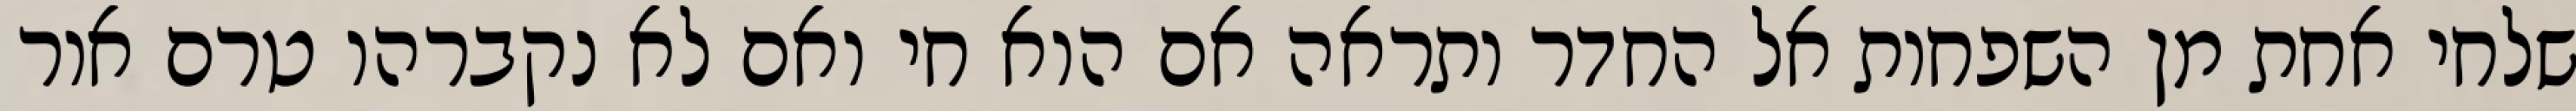
שלחי אחת מן השפחות אל החדר ותראה אם הוא חי ואם לא נקברהו טרם אור